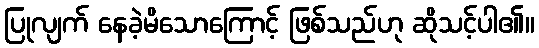
ပြုလျက် နေခဲ့မိသောကြောင့် ဖြစ်သည်ဟု ဆိုသင့်ပါ၏။